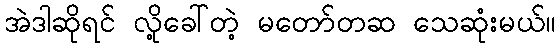
အဲဒါဆိုရင် လို့ခေါ်တဲ့ မတော်တဆ သေဆုံးမယ်။